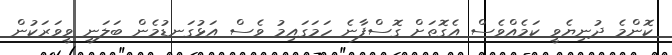
ކޮންމެ ދުނިޔެވީ ކަމެއްވެސް އެގޮތަށް ގޮސްފާނެ ހަމަގައިމު ވެސް އަޅުގަނޑުމެން ބަލަނީ ވީވަރަކުން